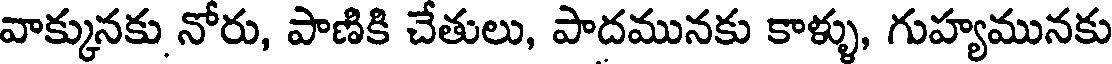
వాక్కునకు నోరు, పాణికి చేతులు, పాదమునకు కాళ్ళు, గుహ్యమునకు